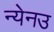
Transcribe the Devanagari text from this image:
न्येनउ